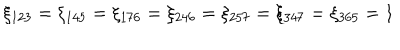
LaTeX: \xi _ { 1 2 3 } = \xi _ { 1 4 5 } = \xi _ { 1 7 6 } = \xi _ { 2 4 6 } = \xi _ { 2 5 7 } = \xi _ { 3 4 7 } = \xi _ { 3 6 5 } = 1